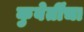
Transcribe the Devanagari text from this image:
कुबेर्तींचा